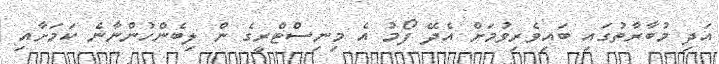
އަދި މުބާރާތުގައި ބައިވެރިވުމަށް އެދޭ ފޯމު އެ މިނިސްޓްރީގެ ން ލިބެންހުންނާނެ ކަމަށާއި